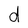
Character: d